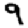
Digit: 9